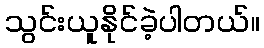
သွင်းယူနိုင်ခဲ့ပါတယ်။